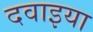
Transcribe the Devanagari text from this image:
दवाइया